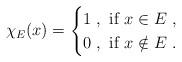
LaTeX: \begin{align*}\chi_E(x)=\begin{cases}1\ ,\ \hbox{if}\ x\in E\ ,\ \cr 0\ ,\ \hbox{if}\ x\notin E\ .\end{cases}\end{align*}